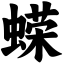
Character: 蝾